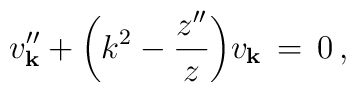
v_{\bf k}'' + \biggl( k^2 - {{z''} \over z} \biggr) v_{\bf k} \, = \, 0 \, ,